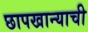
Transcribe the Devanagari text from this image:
छापखान्याची